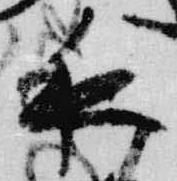
夜